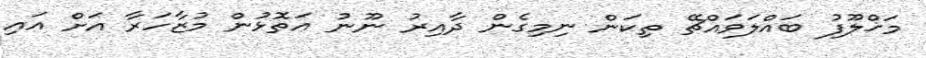
މަޚްލޫފު ބައްލަވައްޗޭ ތިކަން ނިމިގެން ދާއިރު ނޫނު އަތޮޅުން މުޒާހަރާ އަށް އައި